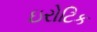
ઇરોટિક